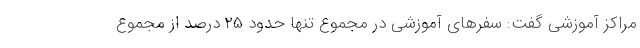
مراکز آموزشی گفت: سفرهای آموزشی در مجموع تنها حدود ۲۵ درصد از مجموع